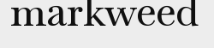
markweed